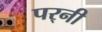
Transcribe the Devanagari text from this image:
पर्‍नी